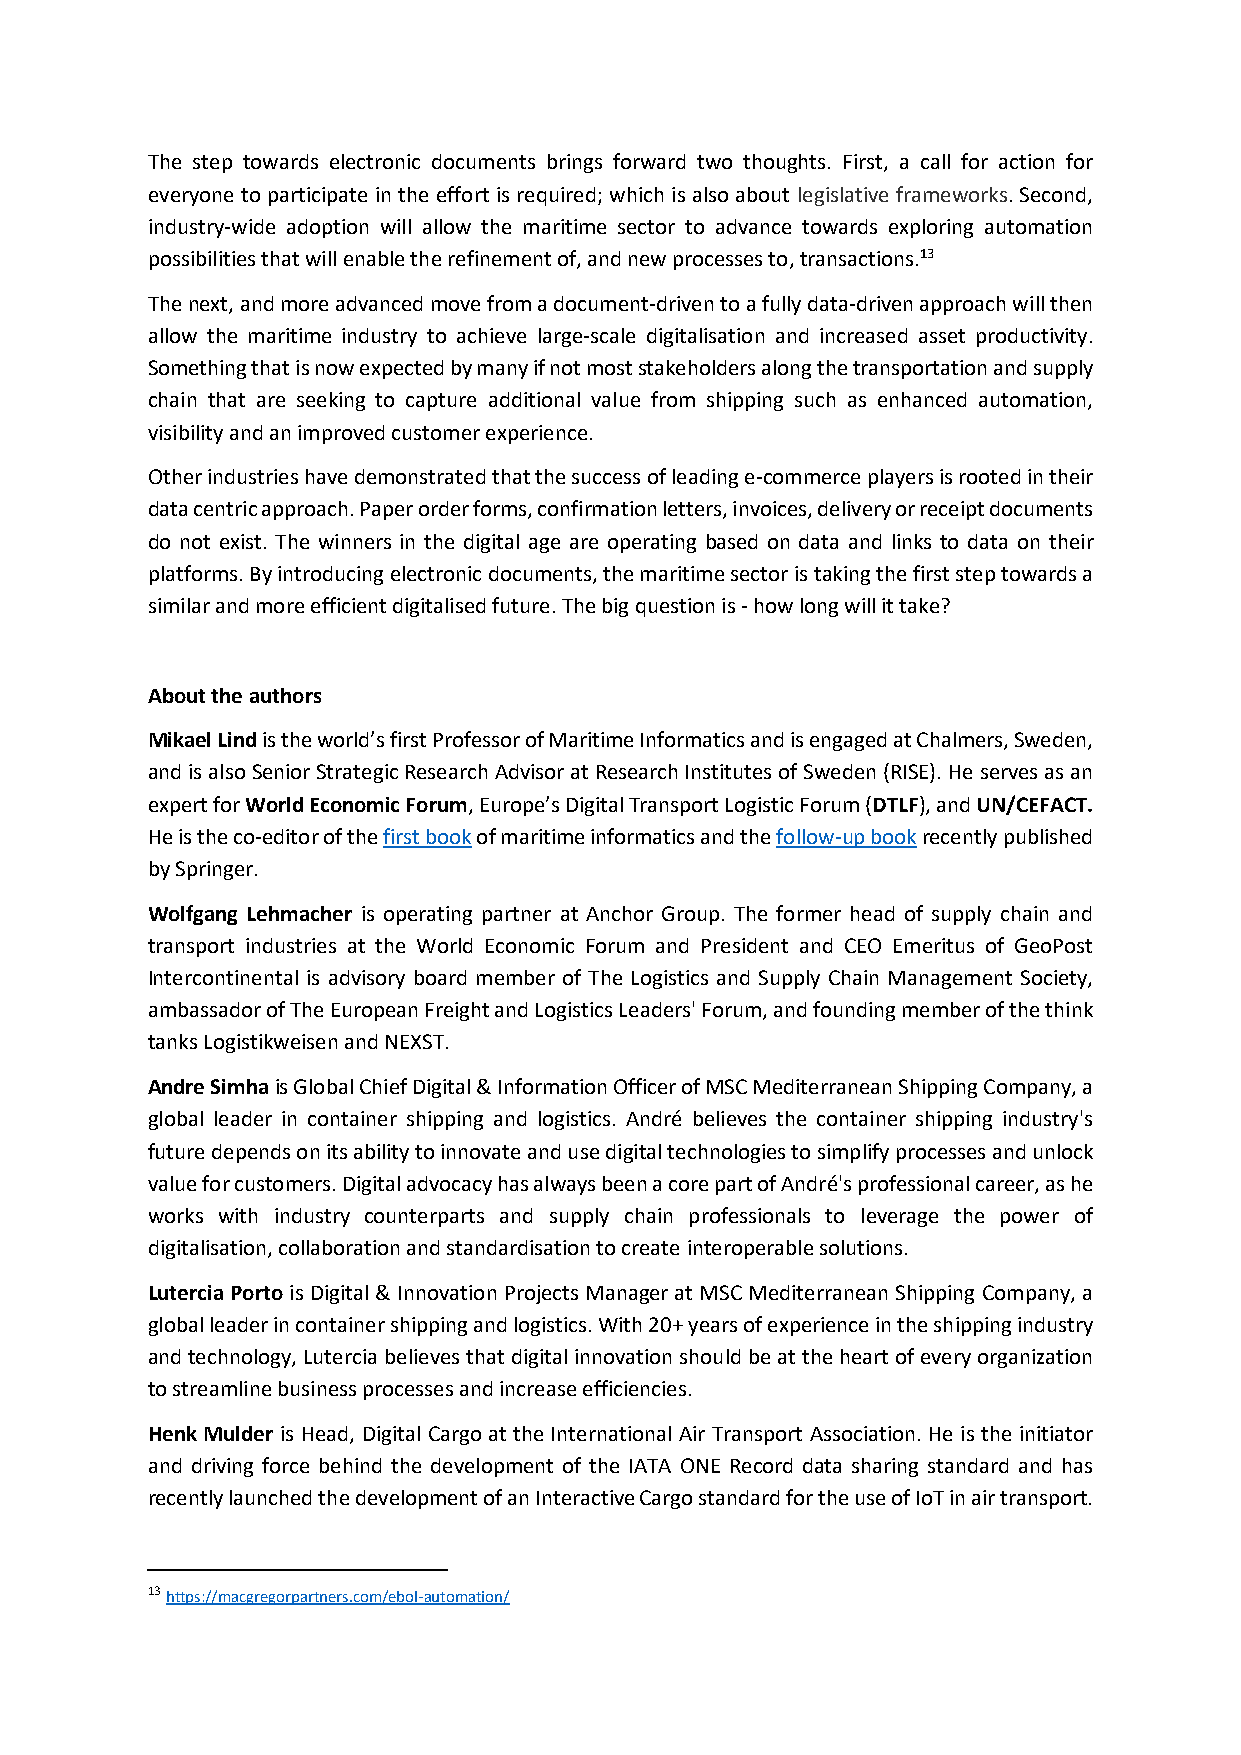
The step towards electronic documents brings forward two thoughts. First, a call for action for
 everyone to participate in the effort is required; which is also about legislative frameworks. Second,
 industry-wide adoption will allow the maritime sector to advance towards exploring automation
 possibilities that will enable the refinement of, and new processes to, transactions.13
 The next, and more advanced move from a document-driven to a fully data-driven approach will then
 allow the maritime industry to achieve large-scale digitalisation and increased asset productivity.
 Something that is now expected by many if not most stakeholders along the transportation and supply
 chain that are seeking to capture additional value from shipping such as enhanced automation,
 visibility and an improved customer experience.
 Other industries have demonstrated that the success of leading e-commerce players is rooted in their
 data centric approach. Paper order forms, confirmation letters, invoices, delivery or receipt documents
 do not exist. The winners in the digital age are operating based on data and links to data on their
 platforms. By introducing electronic documents, the maritime sector is taking the first step towards a
 similar and more efficient digitalised future. The big question is - how long will it take?
 About the authors
 Mikael Lind is the world’s first Professor of Maritime Informatics and is engaged at Chalmers, Sweden,
 and is also Senior Strategic Research Advisor at Research Institutes of Sweden (RISE). He serves as an
 expert for World Economic Forum, Europe’s Digital Transport Logistic Forum (DTLF), and UN/CEFACT.
 He is the co-editor of the first book of maritime informatics and the follow-up book recently published
 by Springer.
 Wolfgang Lehmacher is operating partner at Anchor Group. The former head of supply chain and
 transport industries at the World Economic Forum and President and CEO Emeritus of GeoPost
 Intercontinental is advisory board member of The Logistics and Supply Chain Management Society,
 ambassador of The European Freight and Logistics Leaders' Forum, and founding member of the think
 tanks Logistikweisen and NEXST.
 Andre Simha is Global Chief Digital & Information Officer of MSC Mediterranean Shipping Company, a
 global leader in container shipping and logistics. André believes the container shipping industry's
 future depends on its ability to innovate and use digital technologies to simplify processes and unlock
 value for customers. Digital advocacy has always been a core part of André's professional career, as he
 works with industry counterparts and supply chain professionals to leverage the power of
 digitalisation, collaboration and standardisation to create interoperable solutions.
 Lutercia Porto is Digital & Innovation Projects Manager at MSC Mediterranean Shipping Company, a
 global leader in container shipping and logistics. With 20+ years of experience in the shipping industry
 and technology, Lutercia believes that digital innovation should be at the heart of every organization
 to streamline business processes and increase efficiencies.
 Henk Mulder is Head, Digital Cargo at the International Air Transport Association. He is the initiator
 and driving force behind the development of the IATA ONE Record data sharing standard and has
 recently launched the development of an Interactive Cargo standard for the use of IoT in air transport.
 13 https://macgregorpartners.com/ebol-automation/